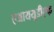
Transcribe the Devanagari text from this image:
एआययूडीएफ